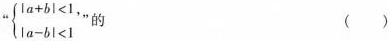
"$$\left\{ \begin{matrix} |a+b|<1, \\ |a-b|<1\end{matrix} \right.$$ ”的 ()